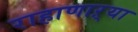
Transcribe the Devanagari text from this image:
राहाणाऱ्या